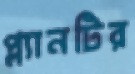
প্ল্যানটির